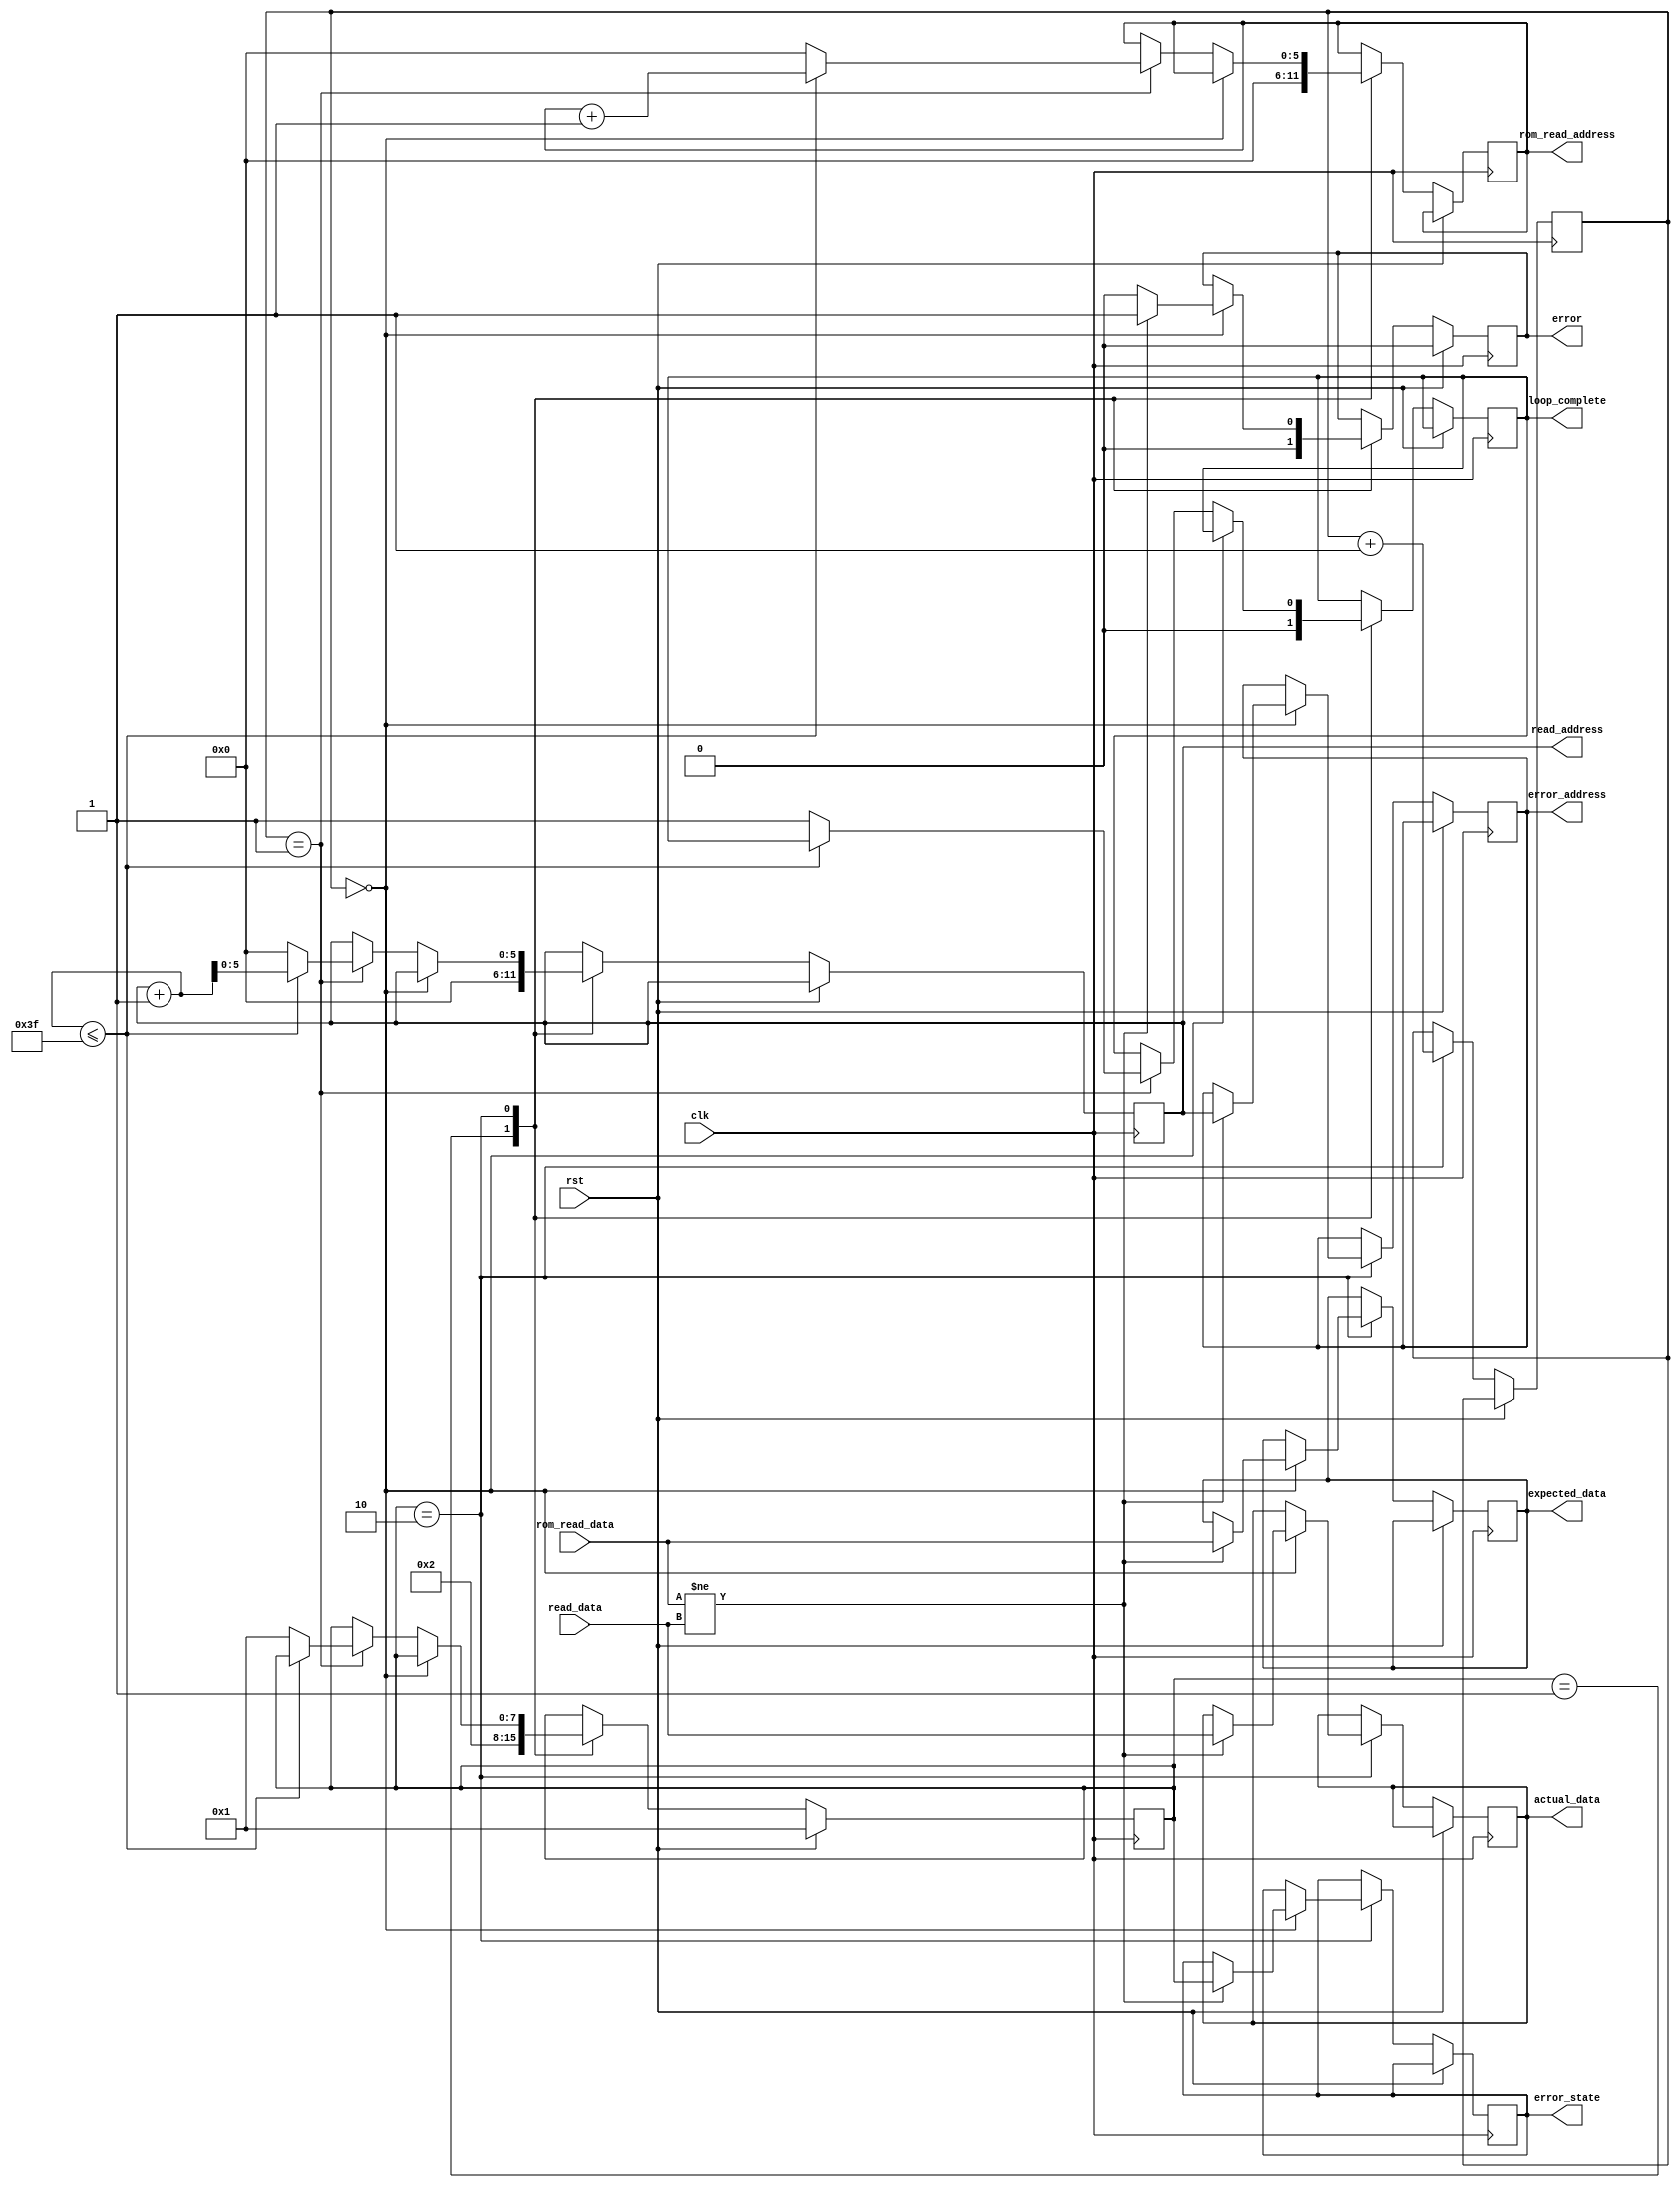
module ROM_TEST #(
    parameter ADDR_WIDTH = 6,
    parameter DATA_WIDTH = 1,
    // How much to increment the address to move 1 full data width.
    parameter ADDRESS_STEP = 1,
    // Max address for this memory
    parameter MAX_ADDRESS = 63
) (
    input rst,
    input clk,
    // Memory connection
    input [DATA_WIDTH-1:0] read_data,
    output reg [ADDR_WIDTH-1:0] read_address,
    // INIT ROM
    // When the memory is first initialized, it is expected to match the ROM
    // port.
    input [DATA_WIDTH-1:0] rom_read_data,
    output reg [ADDR_WIDTH-1:0] rom_read_address,
    // When an iteration is complete, success will be 1 for 1 cycle
    output reg loop_complete,
    // If an error occurs during a test, error will be 1 for each cycle
    // with an error.
    output reg error,
    // error_state will contain the state of test FSM when the error occured.
    output reg [7:0] error_state,
    // error_address will be the read address where the error occurred.
    output reg [ADDR_WIDTH-1:0] error_address,
    // expected_data will be the read value expected.
    output reg [DATA_WIDTH-1:0] expected_data,
    // actual_data will be the read value read.
    output reg [DATA_WIDTH-1:0] actual_data
);
    reg [7:0] state;
    reg [DATA_WIDTH-1:0] test_value;
    reg [1:0]            delay = 1'b0;

    localparam START = 8'd1,
        VERIFY_INIT = 8'd2;

    always @(posedge clk) begin
        if(rst) begin
            state <= START;
            error <= 0;
        end else begin
            case(state)
                START: begin
                    loop_complete <= 0;
                    state <= VERIFY_INIT;
                    read_address <= 0;
                    rom_read_address <= 0;
                    error <= 0;
                end
                VERIFY_INIT: begin
                    if(delay == 0) begin
                        if(rom_read_data != read_data) begin
                            error <= 1;
                            error_state <= state;
                            error_address <= read_address;
                            expected_data <= rom_read_data;
                            actual_data <= read_data;
                        end else begin
                            error <= 0;
                        end
                    end
                    else if (delay == 1) begin
                        if(read_address + ADDRESS_STEP <= MAX_ADDRESS) begin
                            read_address <= read_address + ADDRESS_STEP;
                            rom_read_address <= rom_read_address + ADDRESS_STEP;
                        end else begin
                            rom_read_address <= 0;
                            read_address <= 0;
                            loop_complete <= 1;
                            state <= START;
                        end
                    end
                    delay <= delay + 1;
                end
            endcase
        end
    end
endmodule